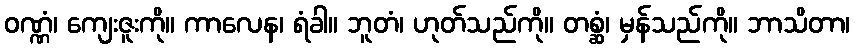
ဝဏ္ဏံ၊ ကျေးဇူးကို။ ကာလေန၊ ရံခါ။ ဘူတံ၊ ဟုတ်သည်ကို။ တစ္ဆံ၊ မှန်သည်ကို။ ဘာသိတာ၊